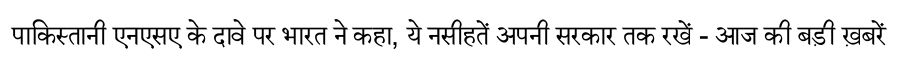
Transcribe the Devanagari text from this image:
पाकिस्तानी एनएसए के दावे पर भारत ने कहा, ये नसीहतें अपनी सरकार तक रखें - आज की बड़ी ख़बरें